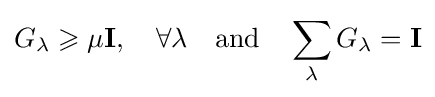
G_{\lambda }\geqslant \mu \mathbf {I} ,\quad \forall \lambda \quad \mathrm {and} \quad \sum _{\lambda }G_{\lambda }=\mathbf {I}